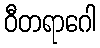
ဝီတရာဂေါ